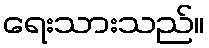
ရေးသားသည်။